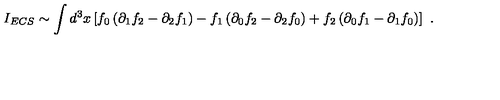
I _ { E C S } \sim \int d ^ { 3 } x \left[ f _ { 0 } \left( \partial _ { 1 } f _ { 2 } - \partial _ { 2 } f _ { 1 } \right) - f _ { 1 } \left( \partial _ { 0 } f _ { 2 } - \partial _ { 2 } f _ { 0 } \right) + f _ { 2 } \left( \partial _ { 0 } f _ { 1 } - \partial _ { 1 } f _ { 0 } \right) \right] \ .